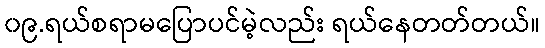
၀၉.ရယ်စရာမပြောပင်မဲ့လည်း ရယ်နေတတ်တယ်။